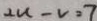
2 u - v = 7